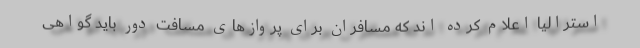
استرالیا اعلام کرده اند که مسافران برای پروازهای مسافت دور باید گواهی